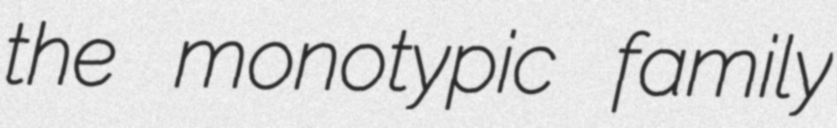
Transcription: the monotypic family